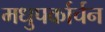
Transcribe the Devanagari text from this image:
मधुपर्कार्चन